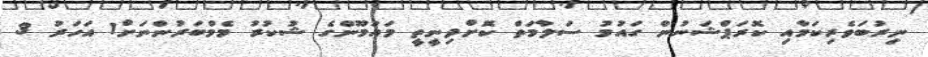
ނިރުބަވެރިކަމާއި ކޮރަޕްޝަނުން ގައުމު ސަލާމަތް ކޮށްދިނީތީ މައުމޫންގެ ޝުކުރު މެމްބަރުންނަށް1 އަހަރު 3